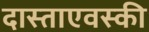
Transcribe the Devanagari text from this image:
दास्ताएवस्की